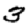
Digit: 3